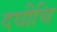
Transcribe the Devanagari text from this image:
दघीचि